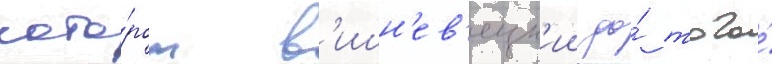
кото́ром в'ишн'ев'ецк'ии до́ того́